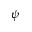
\psi